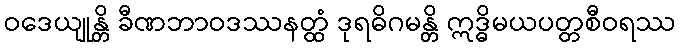
ဝဒေယျုန္တိ ခီဏဘာဝဒဿနတ္ထံ ဒုရဓိဂမန္တိ ဣဒ္ဓိမယပတ္တစီဝရဿ